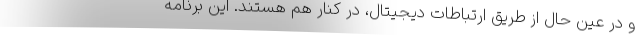
و در عین حال از طریق ارتباطات دیجیتال، در کنار هم هستند. این برنامه